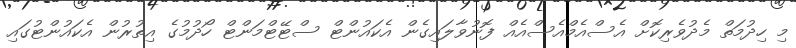
މި ހިދުމަތް މެދުވެރިކޮށް އެސްއެމްއެސްއެއް ފޮނުވާލައިގެން އެކައުންޓް ސްޓޭޓްމަންޓް ހޯދުމުގެ އިތުރުން އެކައުންޓުގައި